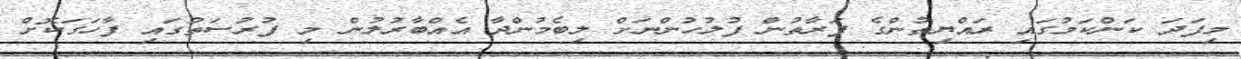
މިފަދަ ކަންކަމުގައި ރައްޔިތުންގެ ފަރާތުން ފުލުހުންނަށް ލިބެމުންދާ އެއްބާރުލުން މި ފުރުސަތުގައި ފާހަގަކޮށް